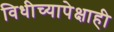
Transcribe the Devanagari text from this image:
विधीच्यापेक्षाही